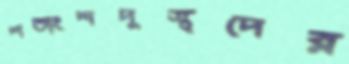
শতাংশদুস্থদের